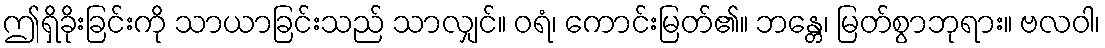
ဤရှိခိုးခြင်းကို သာယာခြင်းသည် သာလျှင်။ ဝရံ၊ ကောင်းမြတ်၏။ ဘန္တေ၊ မြတ်စွာဘုရား။ ဗလဝါ၊